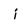
Character: i